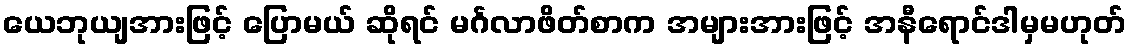
ယေဘုယျအားဖြင့် ပြောမယ် ဆိုရင် မင်္ဂလာဖိတ်စာက အများအားဖြင့် အနီရောင်ဒါမှမဟုတ်